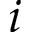
i